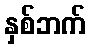
နှစ်ဘက်